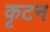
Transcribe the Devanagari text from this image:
कृटन